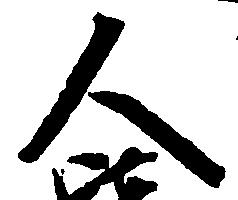
人